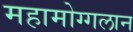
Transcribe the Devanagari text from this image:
महामोग्गलान